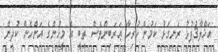
އަޚްލާޤުފުޅު ރަނގަޅު ކަމުން ހުރިހާ ޢަރަބިންވެސް ތިބީ އެ މީހުންގެ އަންހެން ކުދިން